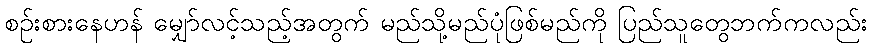
စဉ်းစားနေဟန် မျှော်လင့်သည့်အတွက် မည်သို့မည်ပုံဖြစ်မည်ကို ပြည်သူတွေဘက်ကလည်း